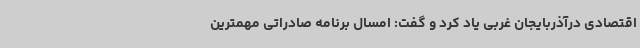
اقتصادی درآذربایجان غربی یاد کرد و گفت: امسال برنامه صادراتی مهمترین